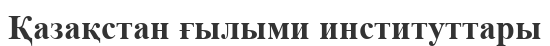
Қазақстан ғылыми институттары